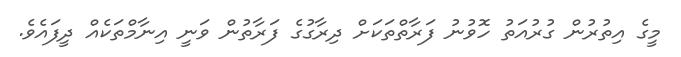
މީގެ އިތުރުން ގުރުއަތު ހޮވުނު ފަރާތްތަކަށް ދިރާގުގެ ފަރާތުން ވަނީ އިނާމްތަކެއް ދީފައެެވެ.